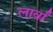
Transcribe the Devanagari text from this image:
लार्वां